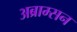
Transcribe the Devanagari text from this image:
अब्राम्सन